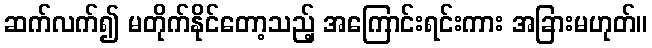
ဆက်လက်၍ မတိုက်နိုင်တော့သည့် အကြောင်းရင်းကား အခြားမဟုတ်။